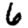
Digit: 6